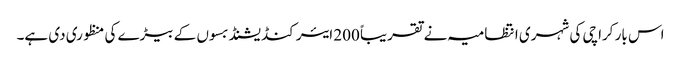
اس بار کراچی کی شہری انتظامیہ نے تقریباً 200 ایئر کنڈیشنڈ بسوں کے بیڑے کی منظوری دی ہے۔